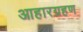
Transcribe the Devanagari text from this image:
आहारग्रहण